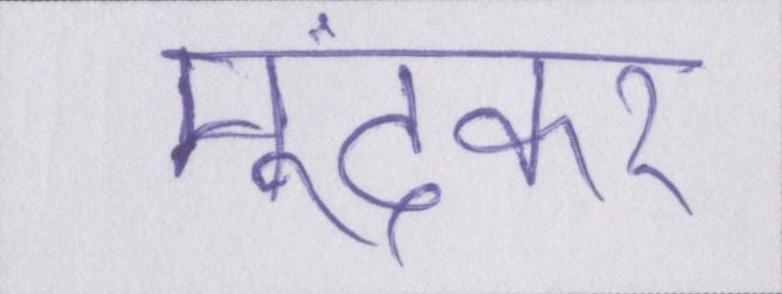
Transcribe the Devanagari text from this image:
मूंदकर